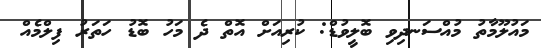
މައުލޫމާތު މުއްސަނދިވި ބޮލީވުޑް: ކުރިއަށް އޮތް ދެ މަހު ބޮޑު ހަތަރު ފިލްމެއް